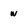
Character: w